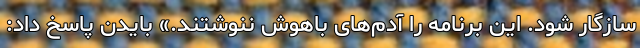
سازگار شود. این برنامه را آدم‌های باهوش ننوشتند.» بایدن پاسخ داد: